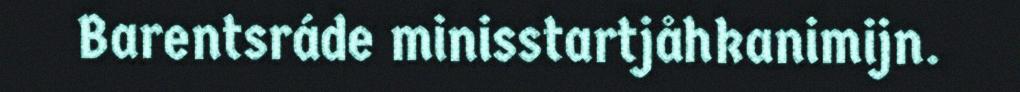
Barentsráde minisstartjåhkanimijn.